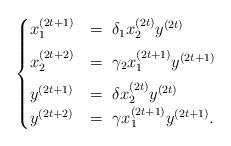
LaTeX: \begin{align*}\begin{cases}x_{1}^{\left(2t+1\right)} & =\;\delta_{1}x_{2}^{\left(2t\right)}y^{\left(2t\right)}\medskip\\x_{2}^{\left(2t+2\right)} & =\;\gamma_{2}x_{1}^{\left(2t+1\right)}y^{\left(2t+1\right)}\medskip\\y^{\left(2t+1\right)} & =\;\delta x_{2}^{\left(2t\right)}y^{\left(2t\right)}\\y^{\left(2t+2\right)} & =\;\gamma x_{1}^{\left(2t+1\right)}y^{\left(2t+1\right)}.\end{cases}\end{align*}